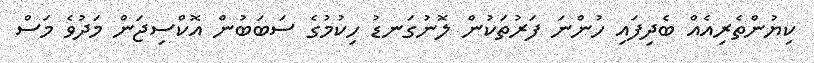
ކިޔުންތެރިއެއް ބެދިފައި ހުންނަ ފަރުތަކުން ލޮނުގަނޑު ހިކުމުގެ ސަބަބުން އޮކްސިޖަން މަދުވެ މަސް